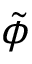
\tilde { \phi }